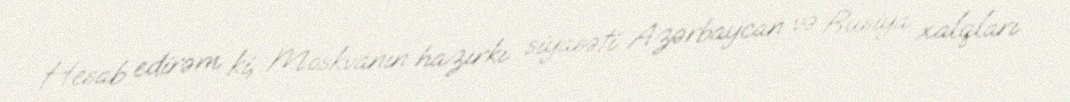
Hesab edirəm ki, Moskvanın hazırkı siyasəti Azərbaycan və Rusiya xalqları